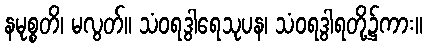
နမုစ္စတိ၊ မလွတ်။ သံဝရဒွါရေသုပန၊ သံဝရဒွါရတို့၌ကား။